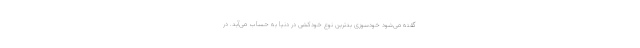
گفته می‌شود خودسوزی بدترین نوع خودکشی در دنیا به حساب می‌آید. در